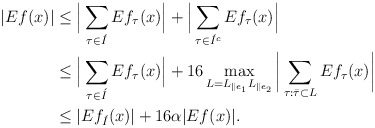
\begin{align*}|Ef(x)| &\le \Big|\sum_{\tau \in \acute I} Ef_{\tau}(x) \Big| + \Big|\sum_{\tau \in \acute I^c} Ef_{\tau}(x) \Big| \\&\le \Big|\sum_{\tau \in \acute I} Ef_{\tau}(x) \Big| + 16\max_{L=L_{\parallel e_1} L_{\parallel e_2}} \bigg| \sum_{\tau:\bar\tau \subset L} Ef_{\tau}(x) \bigg| \\&\le |Ef_{\acute I}(x)| + 16 \alpha |Ef(x)|.\end{align*}